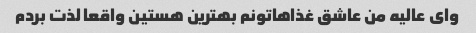
وای عالیه من عاشق غذاهاتونم بهترین هستین واقعا لذت بردم